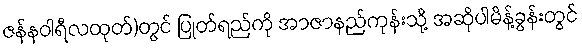
ဇန်နဝါရီလထုတ်)တွင် ပြုတ်ရည်ကို အာဇာနည်ကုန်းသို့ အဆိုပါမိန့်ခွန်းတွင်